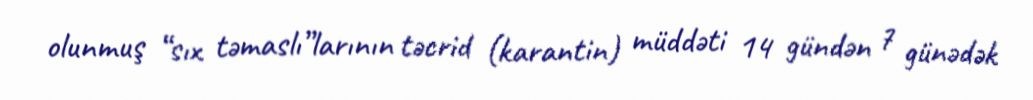
olunmuş “sıx təmaslı”larının təcrid (karantin) müddəti 14 gündən 7 günədək